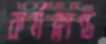
কর্মক্লান্ত